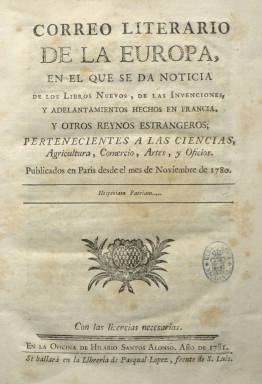
Título: Correo literario de la Europa
Colección: Revistas de información general
Ámbito geográfico: Madrid
Lugar de publicación: Madrid
Fechas: 31/05/1781-04/01/1787

Publicación con periodicidad semanal, que aparecerá cada jueves, a partir del 31 de mayo de 1781 para ofrecer noticias de libros nuevos y otros impresos, así como de invenciones y adelantos técnicos y científicos, o de asuntos de agricultura, comercio, artes y oficios, principalmente de Francia, pero extensivo a otros países, especialmente de Europa. No existe acuerdo sobre quien pudiera ser su autor, pero este residía en París (Sempere y Guarinos: 1787), desde donde enviaba los “correos” con la información publicada en esa ciudad para ser editados e impresos en la Oficina de Hilario Santos Alonso. Se trata de Francisco Antonio de Escartín –que sería yerno de Francisco Mariano Nipho (1719-1803) y a quien se le asigna también su participación en este periódico–, en colaboración con su hermano, Joaquín de Escartín, residente en Madrid y al que se le atribuye la “compilación” de los textos publicados en este Correo literario de la Europa.

Se ha dicho que tuvo “escaso” éxito y que se trata de una “obra mediocre”, aunque “su importancia radica en su integración en la corriente periodística vinculada a la divulgación literaria, desarrollada en España en la segunda mitad del siglo XVIII” (María Dolores Sáiz: 1996). Por su parte, María José Alonso Seoane (1990), al estudiar las novelas referenciadas en este periódico, señala que viene a representar “el papel de un intermediario más con respecto a la novela europea, y particularmente a la francesa, en España”.

Las entregas del periódico serán de dieciséis páginas, con foliación continuada, y compuestas a una columna. Al comienzo de la primera de ellas, además de una “advertencia” al lector, incluye el plan de los contenidos del periódico por parte del “editor”, quien señala que son estructurados en cinco principales capítulos o secciones.

En el primero, con una relación de libros nuevos que vayan saliendo en Europa (Asuntos de varias obras, es el epígrafe que usa), reunidos por su temática (humanidades, derecho y jurisprudencia, memorias académicas, física y matemáticas, medicina y cirugía, viajes, política e historia profana, apologías de la religión e historia de la iglesia, filosofía, varia literatura, etc.).

En la segunda sección, con un índice de nuevas impresiones realizadas en Francia y otros países. En la tercera, los premios y asuntos de academias económicas y de las ciencias europeas, expresando sus discursos e impresos, y clasificado por países: Francia, Prusia, etc. La cuarta, para dar cuenta de nuevas invenciones y “adelantamientos” en ciencias, artes y oficios, y clasificada por materias: economía, agricultura, náutica, mecánica, comercio, etc. Y en la quinta sección o epígrafe, las noticias –señala “accidentes”– relativas al comercio de Europa, a su prosperidad o decadencia, a ferias o a manifacturas y géneros importados y exportados, especialmente de Francia y otras naciones europeas.

Sus noticias extranjeras correspondían a las publicadas en meses anteriores a su aparición en el Correo literario de la Europa, tal como aparece indicado bajo la cabecera de cada entrega. En la número 30 anuncia que ofrecerá noticias de obras nuevas e impresiones realizadas en España, comenzando a publicar información y reseñas de bibliografía española a partir de la número 35, y dividiendo a partir de entonces sus cuadernillos en dos partes: Noticias extranjeras y Noticias de España.

Señala Sáiz (1996) que ofreció también comentarios críticos sobre la sociedad y sus costumbres, y que participó en la polémica abierta por el famoso artículo que Masson de Morvilliers (1740-1789) publicó en la Encyclopédie méthodique, en el que se denunciaba el error e ignorancia de España, el fanatismo de su clero y la tiranía de su inquisición o la ineptitud de su gobierno y su nula aportación a la cultura europea.

La colección de ese título la integran tres tomos, de 470, 416 y 212 páginas, respectivamente. El primero corresponde a los 30 primeros números y al año 1781. El segundo, hasta su entrega número 56, del cuatro de julio de 1782, tras la que van incluidos los índices de ambos tomos (con paginación propia cada uno), y en la que anuncia la suspensión de la publicación. Sus noticias de los números de estos dos primeros tomos corresponderán a las “publicadas en París” desde noviembre de 1780 a agosto de 1781.

Aparece de nuevo el cinco de octubre de 1786, con una “advertencia al lector” sobre las circunstancias de su interrupción, una modificación en las indicaciones de su cabecera, no separando ya sus contenidos entre extranjeros y los de España, estampándose en la Imprenta Real, y renumerando sus entregas, hasta la número 13, de cuatro de enero de 1787, en la que anuncia su suspensión definitiva. El periódico comenzó a venderse en la Librería de Pascual López y después, también, en las de Miguel Copin y Matías Escamilla.

Además de las citadas, otras referencias bibliográficas para este título son las de Paul J. Guinard (1973) o Elisabel Larriba (2013 y 2014).